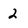
Character: 2